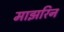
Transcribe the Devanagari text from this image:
माझरिन